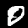
Label: 0